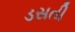
ડસતી